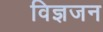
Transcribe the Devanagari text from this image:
विज्ञजन